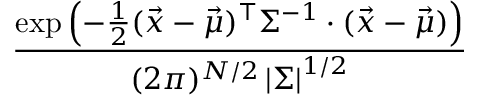
\frac { \exp \left( - { \frac { 1 } { 2 } } ( { \vec { x } } - { \vec { \mu } } ) ^ { \top } \Sigma ^ { - 1 } \cdot ( { \vec { x } } - { \vec { \mu } } ) \right) } { ( 2 \pi ) ^ { N / 2 } \left| \Sigma \right| ^ { 1 / 2 } }